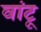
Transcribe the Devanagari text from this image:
वांटू